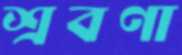
শ্রবণা